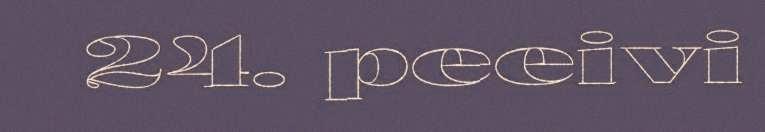
24. peeivi